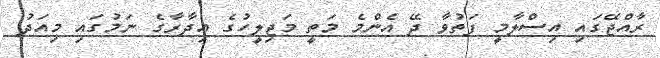
ރާއްޖޭގައި އިސްލާމީ ފަތުވާ ދޭ އެންމެ މަތީ މަޖިލީހުގެ އިދާރާގެ ނަމުގައި މިއަދު